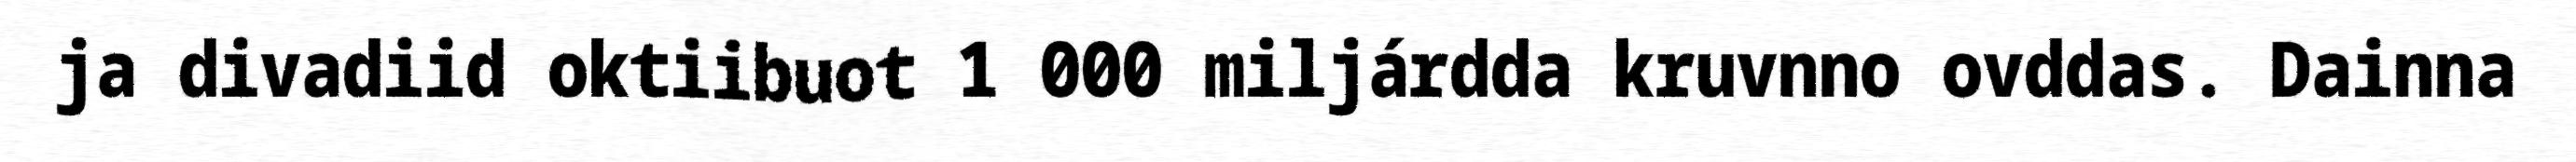
ja divadiid oktiibuot 1 000 miljárdda kruvnno ovddas. Dainna